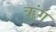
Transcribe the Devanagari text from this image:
ॠंग